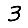
Digit: 3